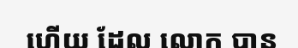
ហើយ ដែល លោក បាន